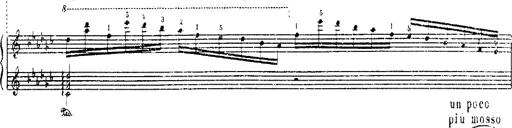
Title: Danza sacra e duetto finale dâ€™Aida
Composer: Franz Liszt